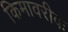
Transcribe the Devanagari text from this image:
किमावरीवः